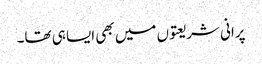
پرانی شریعتوں میں بھی ایسا ہی تھا۔